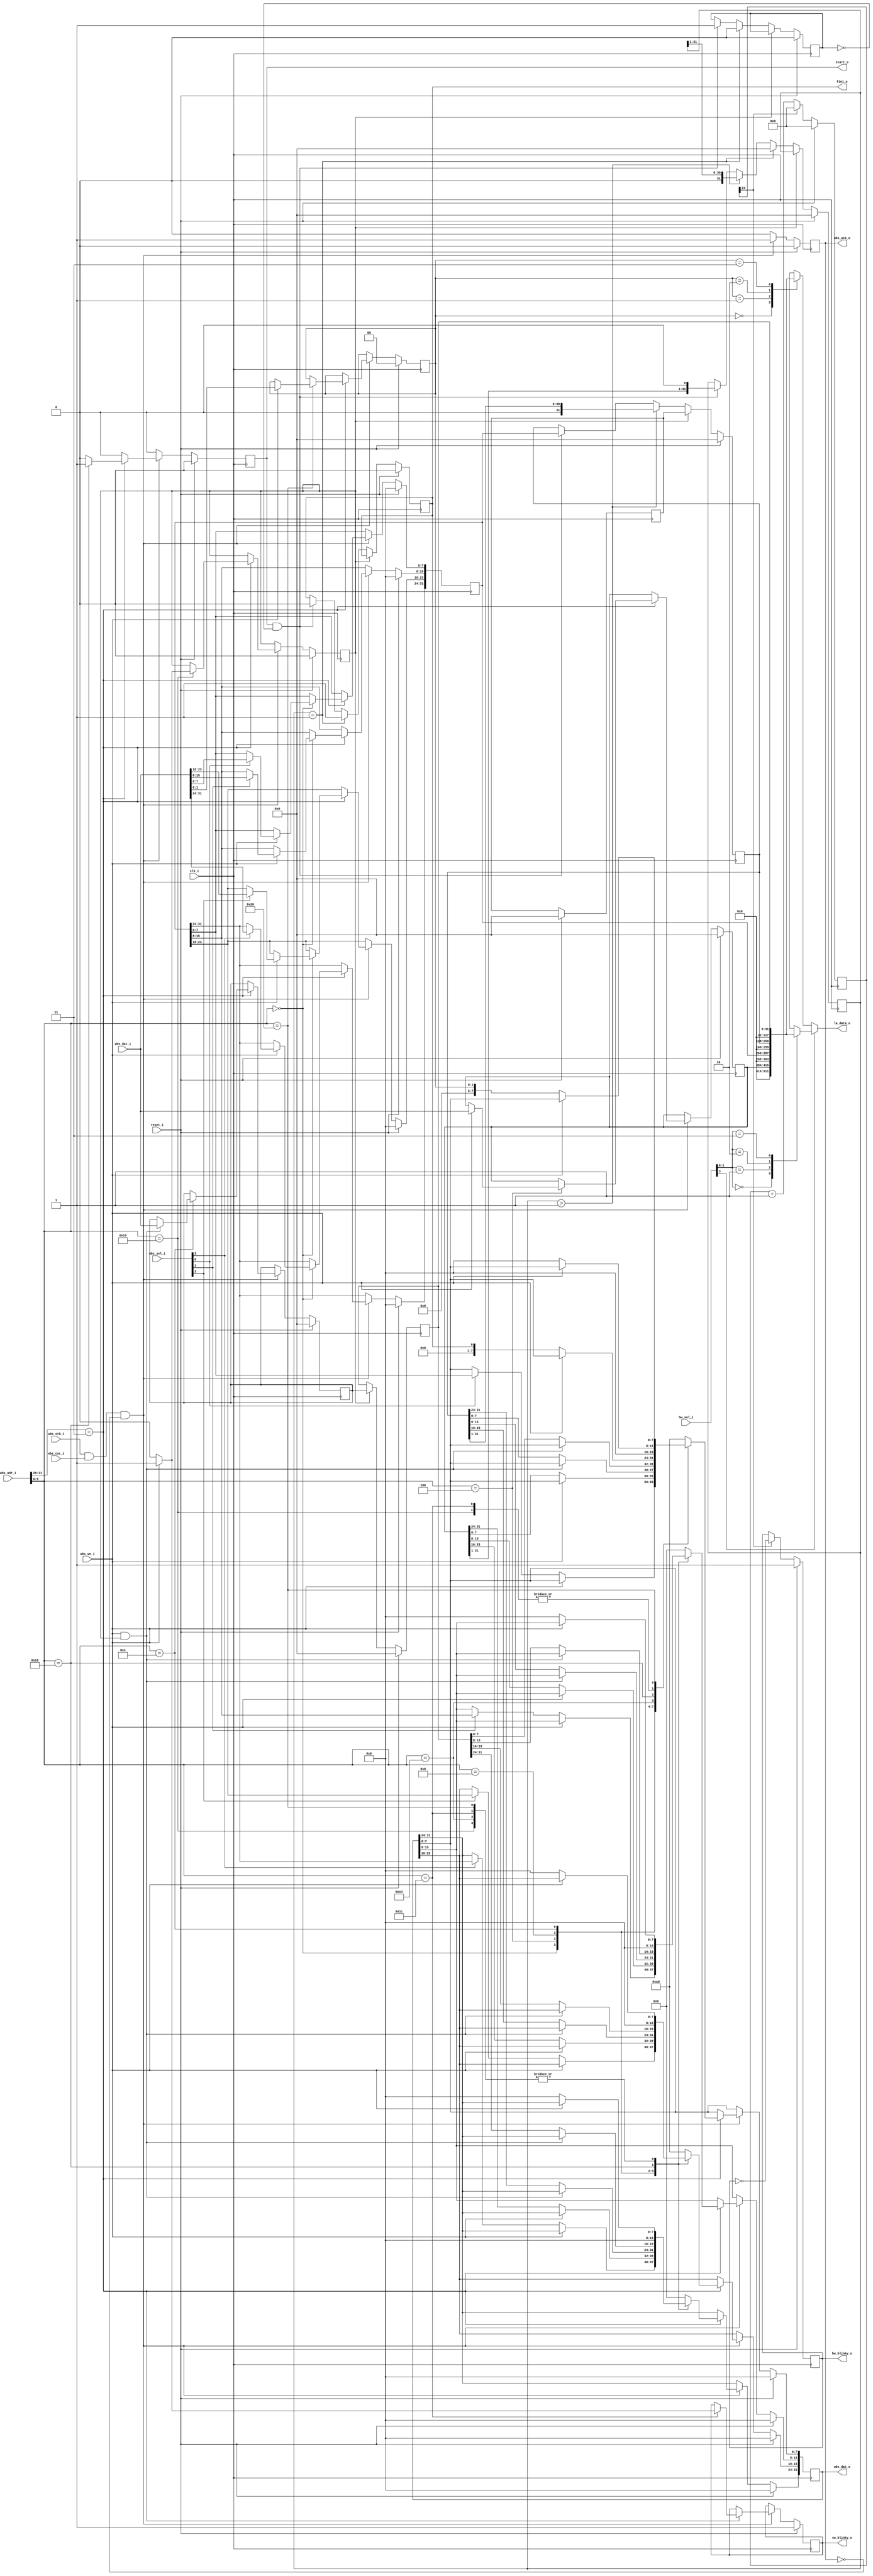
module serial_divider_project #(
    parameter WBW  =  32, // Wishbone bus width
              LAW  = 128, // Logic Analyzer width
              XLEN =  32, // Data width of Dividend, Divisor and Quotient
              BLINK_CYCLES = 40_000_000  // period in clk cycles of hw blink
//              BLINK_CYCLES = 32_000  // period in clk cycles of hw blink
)(
    input              clk_i,
    input              reset_i,
    // Wishbone
    input              wbs_stb_i,
    input              wbs_cyc_i,
    input              wbs_we_i,
    input  [WBW/8-1:0] wbs_sel_i,
    input  [  WBW-1:0] wbs_adr_i,
    input  [  WBW-1:0] wbs_dat_i,
    output             wbs_ack_o,
    output [  WBW-1:0] wbs_dat_o,
    // Logic Analyser
    output [  LAW-1:0] la_data_o,
    // No project is truly complete without blinking LEDs
    output             hw_blinky_o,  // hardware control
    output             sw_blinky_o,  // software control
    // Design-for-verification (these are not required for correct function).
    output             start_o,
    output             fini_o,
    input  [      3:0] hw_sel_i
);

    localparam HWBCW = $clog2(BLINK_CYCLES/2); // hardware blink counter width

    // Module outputs
    wire            start_o;
    wire            fini_o;
    wire            wbs_ack_o;
    wire [ WBW-1:0] wbs_dat_o;
    reg  [ LAW-1:0] la_data_o;
    reg             hw_blinky_o;
    reg             sw_blinky_o;

    reg             ack;
    reg  [ WBW-1:0] rdata;

    // Debug outputs
    assign start_o   = start;
    assign fini_o    = fini;

    assign wbs_ack_o = ack;
    assign wbs_dat_o = rdata;

    // Control Regs
    reg       start;
    reg       debug;
    reg       running;
    reg [1:0] la_sel;
    reg       fini;

    // Function arguments and results
    reg  [ XLEN-1:0] dividend;
    reg  [ XLEN-1:0] divisor;
    reg  [ XLEN-1:0] quotient;
    reg  [ XLEN-1:0] remainder;
    reg  [ XLEN-1:0] dbg_quotient;
    reg  [ XLEN-1:0] dbg_remainder;

    // Local variables
    reg  [HWBCW-1:0] hw_blink_cntr;
    reg  [     31:0] tmp_divisor;

`ifdef FORMAL
    always @(posedge clk_i) assume (~debug);
`endif

    // logical analyzer select:
    // if hw_sel[3] is set, then hardware pins selects,
    // otherwise software selects.
    always @(*) begin
      if (hw_sel_i[3]) begin
        case (hw_sel_i[1:0])
          2'b00: la_data_o = divisor;
          2'b01: la_data_o = dividend;
          2'b10: la_data_o = quotient;
          2'b11: la_data_o = remainder;
        endcase
      end
      else begin
        case (la_sel)
          2'b00: la_data_o = divisor;
          2'b01: la_data_o = dividend;
          2'b10: la_data_o = quotient;
          2'b11: la_data_o = remainder;
        endcase
      end
    end

    ///////////////////////////////////////////////////////////////////////////
    // Wishbone control logic (deliberately wasting address space here)
    //    +--CSR----+---Address---+------Access Mode-------------------
    //     DIVIDEND  32'h3000_0000  write/read
    //     DIVISOR   32'h3000_0004  write/read
    //     QUOTIENT  32'h3000_0008  read-only
    //     REMAINDER 32'h3000_000C  read-only
    //     DEBUG     32'h3000_0010  set-on-write, clear-on-read
    //     FINI      32'h3000_0014  read-only
    //     START     32'h3000_0018  set-on-write-or-read (cannot be read)
    //     SW_BLINKY 32'h3000_001C  set-on-write, clear-on-read
    //     LA_SEL    32'h3000_0020  write/read

    always @(posedge clk_i) begin
      if (reset_i) begin
        dividend      <= {XLEN{1'b0}};
        divisor       <= {XLEN{1'b0}};
        dbg_quotient  <= {XLEN{1'b0}};
        dbg_remainder <= {XLEN{1'b0}};
        rdata         <= { WBW{1'b0}};
        ack           <= 1'b0;
        start         <= 1'b0;
        debug         <= 1'b0;
        la_sel        <= 2'b00;
        sw_blinky_o   <= 1'b1;
      end
      else begin
        // Single-cycle WB write/reads
        // TODO: support b2b cycles
        // (although it doesn't seem like Caravel can drive those at this time)
        ack   <= 1'b0;
        start <= 1'b0;
        if (wbs_stb_i && wbs_cyc_i && !ack) begin
          ack <= 1'b1;
          // Top nibble addresses args/results
          if (wbs_adr_i[WBW-1:WBW-4] == 4'h3) begin
            case (wbs_adr_i[5:0]) // TODO: could (should?) make this [5:2]
              // DIVIDEND at 32'h3000_0000 is write/read
              6'b00_0000: begin
                if (wbs_we_i) begin
                  if (wbs_sel_i[0]) dividend[ 7: 0] <= wbs_dat_i[ 7: 0];
                  if (wbs_sel_i[1]) dividend[15: 8] <= wbs_dat_i[15: 8];
                  if (wbs_sel_i[2]) dividend[23:16] <= wbs_dat_i[23:16];
                  if (wbs_sel_i[3]) dividend[31:24] <= wbs_dat_i[31:24];
                end
                else begin
                  if (wbs_sel_i[3]) rdata[31:24] <= dividend[31:24];
                  if (wbs_sel_i[2]) rdata[23:16] <= dividend[23:16];
                  if (wbs_sel_i[1]) rdata[15: 8] <= dividend[15: 8];
                  if (wbs_sel_i[0]) rdata[ 7: 0] <= dividend[ 7: 0];
                end
              end
              // DIVISOR at 32'h3000_0004 is write/read
              6'b00_0100: begin
                if (wbs_we_i) begin
                  divisor <= wbs_dat_i;
                end
                else begin
                  rdata <= divisor;
                end
              end
              // QUOTIENT at 32'h3000_0008 is read-only unless debug
              6'b00_1000: begin
                if (wbs_we_i && debug) begin
                end
                else begin
                  rdata <= quotient;
                end
              end
              // REMAINDER at 32'h3000_000C is read-only unless debug
              6'b00_1100: begin
                if (wbs_we_i && debug) begin
                  dbg_remainder <= wbs_dat_i;
                end
                else begin
                  rdata <= remainder;
                end
              end
              // DEBUG at 32'h3000_0010 is set-on-write, clear-on-read
              6'b01_0000: begin
                if (wbs_we_i) begin
                  debug <= 1'b1;
                end
                else begin
                  debug <= 1'b0;
                  rdata <= 32'h0000_0000;
                end
              end
              // FINI at 32'h3000_0014 is read-only (cannot be written)
              6'b01_0100: begin
                if (wbs_we_i) begin
                  rdata <= rdata;
                end
                else begin
                  rdata <= { {31{1'b0}}, fini };
                end
              end
              // START at 32'h3000_0018 is set-on-write-or-read (cannot be read)
              6'b01_1000: begin
                start <= 1'b1;
                rdata <= 32'h0000_0000;
              end
              // SW_BLINKY at 32'h3000_001C is set-on-write, clear-on-read
              6'b01_1100: begin
                if (wbs_we_i) begin
                  sw_blinky_o <= 1'b1;
                end
                else begin
                  sw_blinky_o <= 1'b0;
                  rdata <= 32'h0000_0000;
                end
              end
              // LA_SEL at 32'h3000_0020 is write/read
              6'b10_0000: begin
                if (wbs_we_i) begin
                  la_sel <= wbs_dat_i[1:0];
                end
                else begin
                  rdata <= { {30{1'b0}}, la_sel };
                end
              end
              // Accesses to all other addresses return error code (even on writes)
              default: begin
                rdata <= 32'h0bad_0bad;  // TODO: set an error?
              end
            endcase // (wbs_adr_i[5:0])
          end // if (wbs_adr_i[WBW-1:WBW-4] == 4'h3)
        end //if (wbs_stb_i && !ack)
      end // if (reset_i)
    end // always @(posedge clk_i)

    ///////////////////////////////////////////////////////////////////////////
    // Divide by even number.
    // Assumes that "start" is a single cycle pulse.
    always @(posedge clk_i) begin
      if (reset_i) begin
        tmp_divisor <= 32'h0000_0000;
        quotient    <= 32'h0000_0000;
        remainder   <= 32'h0000_0000;
        running     <= 1'b0;
        fini        <= 1'b0;
      end
      else begin
        if (debug) begin
          quotient    <= dbg_quotient;
          remainder   <= dbg_remainder;
        end
        else begin
          // Start calculation if:
          //  - not in debug mode
          //  - not already calcuating. (subsequent starts lost without error)
          if (start && !running) begin
            tmp_divisor <= {divisor[31:1], 1'b0};
            quotient    <= dividend;
            running     <= 1'b1;
            fini        <= 1'b0;
          end
          if (tmp_divisor > 32'h0000_0001) begin
            tmp_divisor <= tmp_divisor >> 1;
            quotient    <= quotient >> 1;
          end
          if (tmp_divisor == 32'h0000_0001) begin
            tmp_divisor <= 32'h0000_0000;
            running     <= 1'b0;
            fini        <= 1'b1;
          end
        end
      end
    end

    ///////////////////////////////////////////////////////////////////////////
    // blink LED for sign-of-live (no software control)
    // HWBCW ==  7 ==> 128 clk cycles ==> 3200ns (assume 25ns clk)
    // HWBCW == 15 ==> 32K clk cycles ==> 819,200ns
    // HWBCW == 24 ==> 20M clk cycles ==> ~0.5s
    always @(posedge clk_i) begin
      if (reset_i) begin
        hw_blink_cntr <= 32'h0000_0000;
        hw_blinky_o   <= 1'b1;
      end
      else begin
        hw_blink_cntr <= hw_blink_cntr + 32'h0000_0001;
        if (hw_blink_cntr[HWBCW-1]) begin
            hw_blinky_o   <= !hw_blinky_o;
            hw_blink_cntr <= 32'h0000_0000;
        end
      end
    end // always @(posedge clk_i)

endmodule